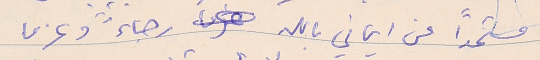
مستمداً من ايماني بالله رجاءً وعزى